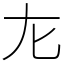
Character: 㔫